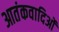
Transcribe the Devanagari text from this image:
आतंकवादिओं